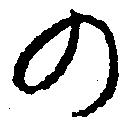
の